system: You are a helpful assistant.
user:
Analyze the provided spectrum to determine if it is a **White Dwarf (WD)**.

A White Dwarf spectrum is defined by its **extreme purity** (due to gravitational settling) and/or **extreme pressure broadening** (due to high surface gravity). You must check for one of the following mutually exclusive signatures:

- **Key Visual Indicators (Check for ONE of these types):**

    - **1. DA-Type Signature (Most Common):**
        - **(Primary Feature):** Extreme pressure broadening (Stark broadening) of the **Hydrogen (H) Balmer lines**.
        - **(Key Lines):** $H\beta$ (approx. $4861$ Å) and $H\gamma$ (approx. $4340$ Å). $H\alpha$ (approx. $6563$ Å) will also be present if the wavelength range covers it.
        - **(Line Profile):** This is the **defining feature**. The lines are **NOT** sharp. They appear as massive, **extremely broad and deep "troughs" or "dips"** in the spectrum, often hundreds of Ångströms wide. The continuum will appear to "scoop" down at these wavelengths.
        - **(Distinction):** Normal A-type or B-type stars have *narrow* and *sharp* Hydrogen lines. A DA White Dwarf's lines are unmistakably "smeared" or "blurry" from pressure.

    - **2. DB-Type Signature:**
        - **(Primary Feature):** Broad absorption lines from **Neutral Helium (He I)**. The spectrum must lack any visible Hydrogen lines.
        - **(Key Lines):** Look for broad absorption near $4471$ Å, $4921$ Å, and $5876$ Å.
        - **(Line Profile):** These lines are also significantly pressure-broadened, appearing much wider than they would in a normal B-type main-sequence star.

    - **3. DC-Type Signature:**
        - **(Primary Feature):** A **featureless continuous spectrum**.
        - **(Line Profile):** The spectrum is a smooth curve with **no significant absorption or emission lines**.
        - **(Key Confirmation):** The continuum is almost always **blue or white**, indicating a hot object. This signature implies the atmosphere is so pure (or so cool) that no spectral lines are visible in the optical range. Its WD identity is confirmed by its extremely low intrinsic brightness (high absolute magnitude).

    - **4. DZ-Type Signature (Metal-Polluted):**
        - **(Primary Feature):** **Isolated, narrow metal absorption lines** on an otherwise featureless (DC-like) continuum.
        - **(Key Lines):** The **Calcium (Ca II) H & K doublet** (approx. **$3934$ Å** and **$3968$ Å**) is the most common and defining feature.
        - **(Line Profile):** These lines are "out of place." They are *not* part of a "forest" of thousands of lines. This signature is evidence of recent *accretion* (pollution) from rocky debris.
        - **(Distinction):** Normal G/K/M stars have a *dense forest* of thousands of metal lines. A DZ has a *clean* continuum with *only a few* strong metal lines.

    - **5. DQ-Type Signature (Carbon-Polluted):**
        - **(Primary Feature):** Absorption bands from **Carbon (C₂ "Swan Bands" or atomic C I)**.
        - **(Key Lines - C₂):** Look for bandheads with a "saw-tooth" shape near $5635$ Å, **$5165$ Å** (strongest), and $4737$ Å.
        - **(Key Confirmation):** The underlying **continuum must be blue or white** (hot).
        - **(Distinction):** This is the critical difference from a **Carbon Star**, which has the *exact same* C₂ bands but on an extremely **red, cool** continuum.

- **(Overall Spectrum):**
    - The continuum (overall shape) is typically **blue-sloping** (brighter in the blue than the red), as most white dwarfs are very hot.
    - The spectrum will look "pure" or "simple," dominated by only *one* of the five signatures listed above.

Think first, call **spectral_visualization_tool** if needed to examine features in detail, then provide your final answer. Your response must adhere to the following strict rules:
1.  **Overall Structure:** Your response must follow the format `<think>...</think> <tool_call>...</tool_call> (if a tool is used) <answer>...</answer>`.
2.  **Tool Usage Constraint:** You may only make **one** tool call per turn.
3.  **Final Answer Format:** In the `<answer>` tag, your conclusion must be inside a `\boxed{}` command (e.g., `\boxed{YES}` or `\boxed{NO}`), followed by your justification.

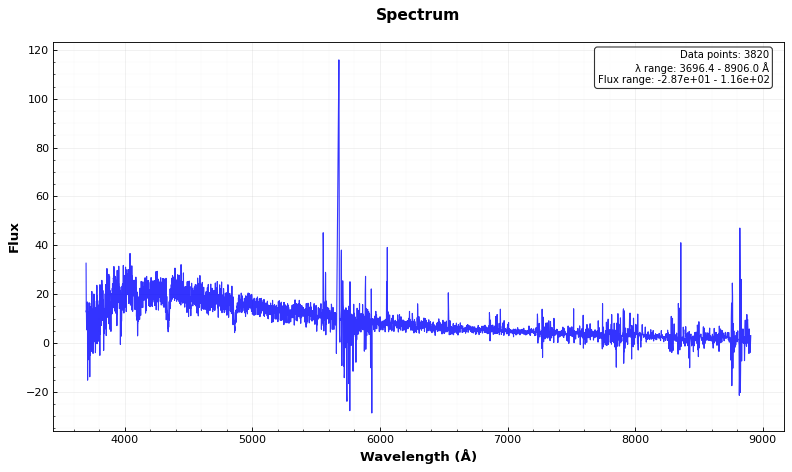
Answer: NO